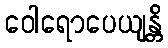
ဝေါရောပေယျန္တိ